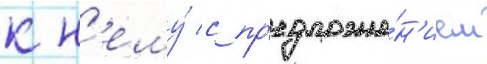
к н'ему́ с пр'едложе́н'ием